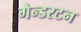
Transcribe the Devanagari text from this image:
गेन्डरटन